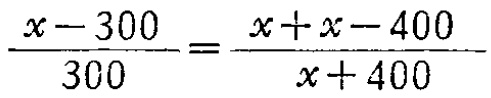
\(\frac{x - 300}{300}=\frac{x + x - 400}{x + 400}\)